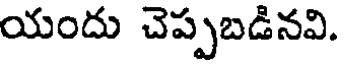
యందు చెప్పబడినవి.